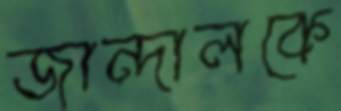
জান্দালকে